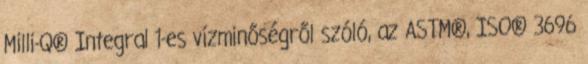
Milli-Q® Integral 1-es vízminőségről szóló, az ASTM®, ISO® 3696